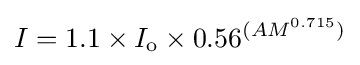
I=1.1\times I_{\mathrm {o} }\times 0.56^{(AM^{0.715})}